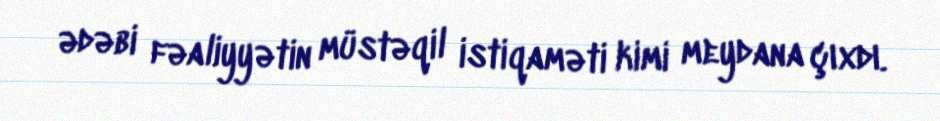
ədəbi fəaliyyətin müstəqil istiqaməti kimi meydana çıxdı.